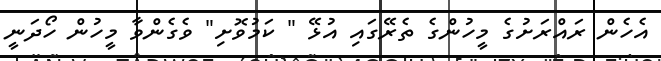
އެހެން ރައްރަށުގެ މީހުންގެ ތެރޭގައި އުޅޭ " ކަމުވޮށި" ވެގެންވާ މީހުން ހޯދަނީ